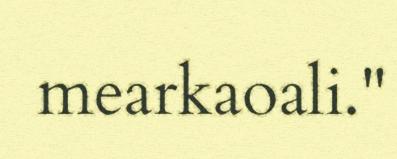
mearkaoali."